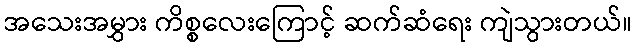
အသေးအမွှား ကိစ္စလေးကြောင့် ဆက်ဆံရေး ကျဲသွားတယ်။